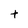
Character: t